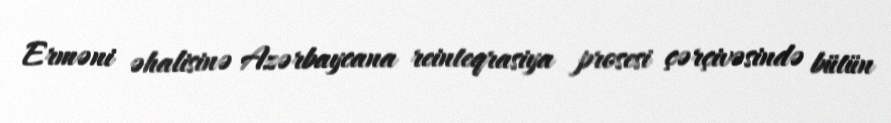
Erməni əhalisinə Azərbaycana reinteqrasiya prosesi çərçivəsində bütün